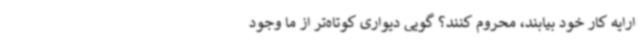
ارایه کار خود بیابند، محروم کنند؟ گویی دیواری کوتاه‌تر از ما وجود